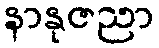
နာနုဇညာ